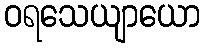
ဝရသေယျာယော